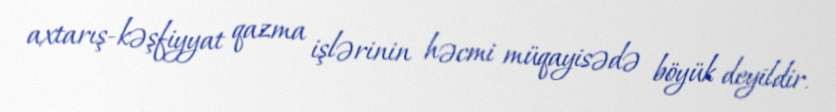
axtarış-kəşfiyyat qazma işlərinin həcmi müqayisədə böyük deyildir.